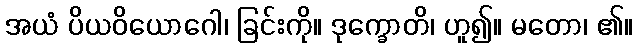
အယံ ပိယဝိယောဂေါ၊ ခြင်းကို။ ဒုက္ခောတိ၊ ဟူ၍။ မတော၊ ၏။